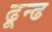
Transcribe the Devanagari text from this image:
ढून्ढ